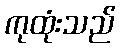
ကုထုံးသည်